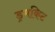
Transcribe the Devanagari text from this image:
ड्रमकिट